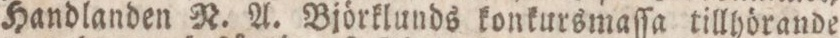
Handlanden N. A. Björklunds konkursmaſſe tillhörande